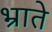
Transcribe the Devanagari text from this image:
भ्राते